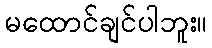
မထောင်ချင်ပါဘူး။